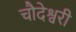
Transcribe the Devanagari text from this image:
चौदेश्वरी